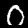
Digit: 0